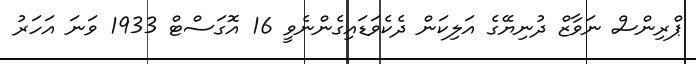
ޕްރިންސް ނަވާޒް ދުނިޔޭގެ އަލިކަން ދެކެވަޑައިގެންނެވީ 16 އޮގަސްޓް 1933 ވަނަ އަހަރު